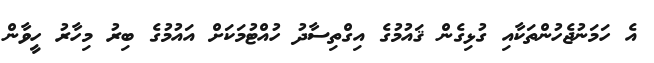
އެ ހަމަނުޖެހުންތަކާއި ގުޅިގެން ޤައުމުގެ އިގްތިސާދު ހުއްޓުމަކަށް އައުމުގެ ބިރު މިހާރު ހީވާން